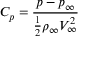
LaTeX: C _ { p } = { \frac { p - p _ { \infty } } { { \frac { 1 } { 2 } } \rho _ { \infty } V _ { \infty } ^ { 2 } } }